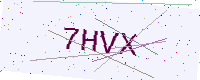
Text: 7HVX